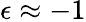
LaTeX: \epsilon\approx-1